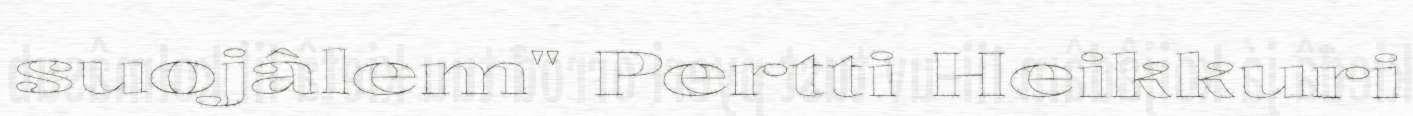
suojâlem" Pertti Heikkuri